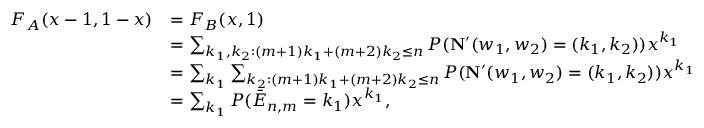
\begin{array} { r l } { F _ { A } ( x - 1 , 1 - x ) } & { = F _ { B } ( x , 1 ) } \\ & { = \sum _ { k _ { 1 } , k _ { 2 } : ( m + 1 ) k _ { 1 } + ( m + 2 ) k _ { 2 } \leq n } P ( { \mathbf { N } } ^ { \prime } ( w _ { 1 } , w _ { 2 } ) = ( k _ { 1 } , k _ { 2 } ) ) x ^ { k _ { 1 } } } \\ & { = \sum _ { k _ { 1 } } \sum _ { k _ { 2 } : ( m + 1 ) k _ { 1 } + ( m + 2 ) k _ { 2 } \leq n } P ( { \mathbf { N } } ^ { \prime } ( w _ { 1 } , w _ { 2 } ) = ( k _ { 1 } , k _ { 2 } ) ) x ^ { k _ { 1 } } } \\ & { = \sum _ { k _ { 1 } } P ( \bar { E } _ { n , m } = k _ { 1 } ) x ^ { k _ { 1 } } , } \end{array}